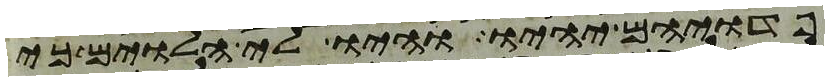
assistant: פדויהם יהיו והיו לי הלוים כי